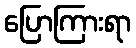
ပြောကြားရာ